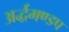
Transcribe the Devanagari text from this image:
अर्द्धमण्डप